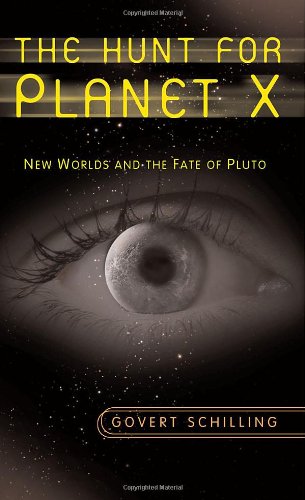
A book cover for The Hunt for Planet X: New Worlds and the Fate of Pluto; Govert Schilling; Science & Math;